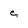
Character: e